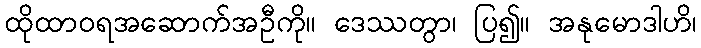
ထိုထာဝရအဆောက်အဦကို။ ဒေဿတွာ၊ ပြ၍။ အနုမောဒါဟိ၊